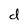
Character: d